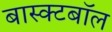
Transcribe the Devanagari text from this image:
बास्क्टबॉल